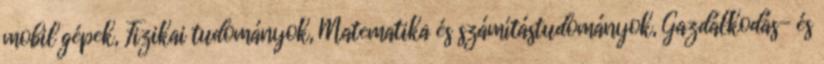
mobil gépek, Fizikai tudományok, Matematika és számítástudományok, Gazdálkodás- és